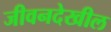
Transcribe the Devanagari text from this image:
जीवनदेखील